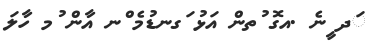
ަދ ީނެ .އގޮ ުތން އަޅު ަގނޑުމެ ްނ އާން ުމ ހާލަ